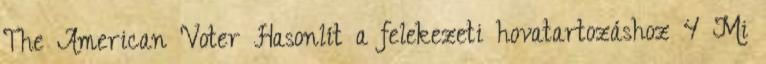
The American Voter Hasonlít a felekezeti hovatartozáshoz 4 Mi